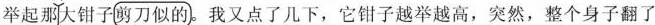
举起那大钳子剪刀似的。我又点了几下，它钳子越举越高，突然，整个身子翻了